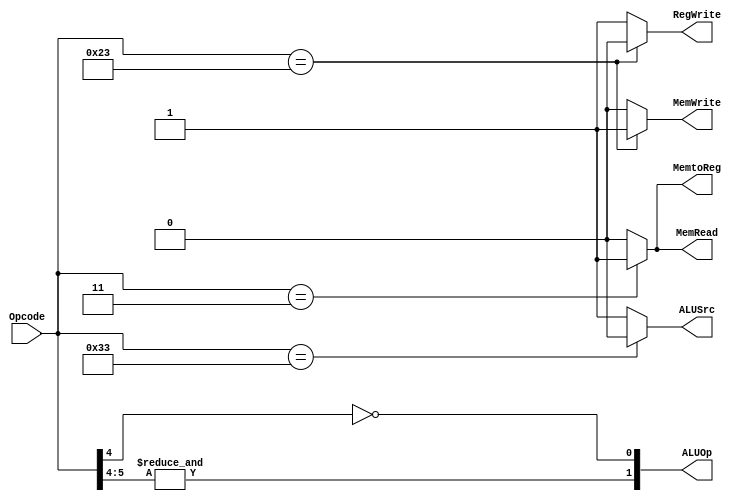
//////////////////////////////////////////////////////////////////////////////////
// Module Name: Controller
//////////////////////////////////////////////////////////////////////////////////

`timescale 1ns / 1ps

// Module Definition
module Controller(
    Opcode,
    ALUSrc, MemtoReg, RegWrite, MemRead, MemWrite,
    ALUOp
    );
    
    // Define the input and output signals
    
    input [6:0] Opcode;
    output reg ALUSrc, MemtoReg, RegWrite, MemRead, MemWrite;
    output reg [1:0] ALUOp;
    
    always @ (*) begin
    
        MemtoReg =  (Opcode == 7'b0000011) ? 1'b1 : 1'b0;
        MemWrite =  (Opcode == 7'b0100011) ? 1'b1 : 1'b0;
        MemRead  =  (Opcode == 7'b0000011) ? 1'b1 : 1'b0;
        ALUSrc   =  (Opcode == 7'b0110011) ? 1'b0 : 1'b1;
        RegWrite =  (Opcode == 7'b0100011) ? 1'b0 : 1'b1;
        ALUOp[1] =  &Opcode[5:4];
        ALUOp[0] =  ~Opcode[4];
        
    end
    
    
endmodule